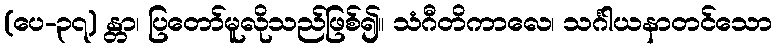
(ပေ-၃၇) န္တာ၊ ပြတော်မူလိုသည်ဖြစ်၍။ သံဂီတိကာလေ၊ သင်္ဂါယနာတင်သော